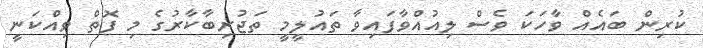
ކުރިން ބައެއް ވާހަކަ ވެސް ލިއުއްވާފައިވާ ތައުލީމީ ތަޖުރިބާކާރުގެ މި ފޮތް ވިއްކަނީ